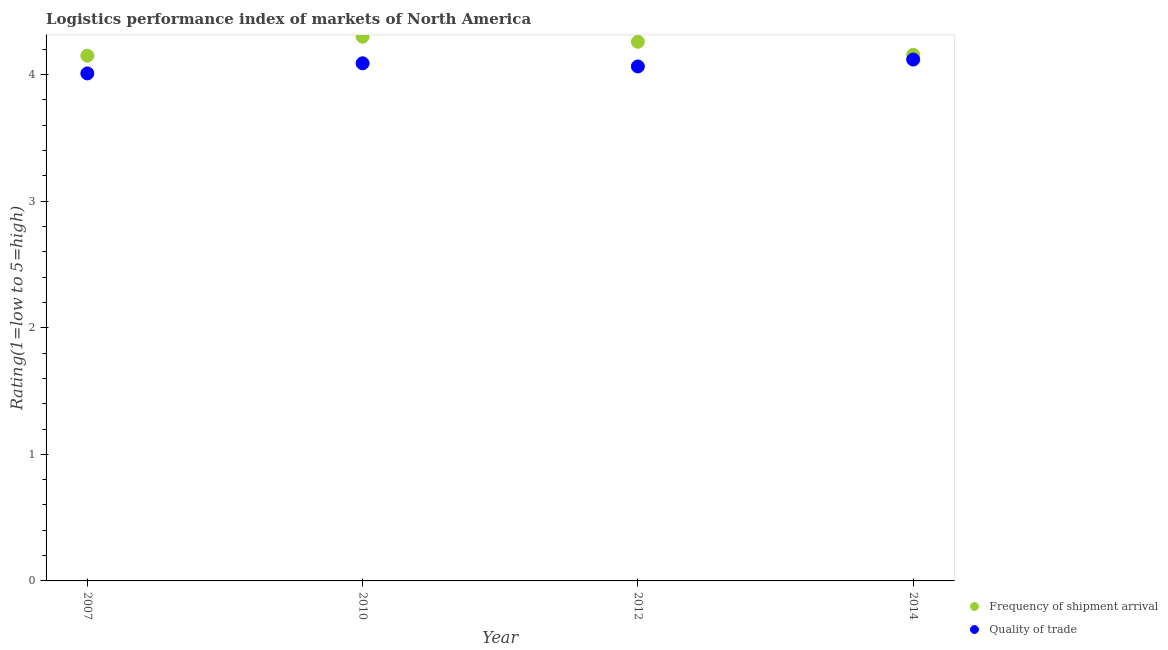
| Year | Frequency of shipment arrival | Quality of trade |
 | --- | --- | --- |
 | 2007 | 4.15 | 4.01 |
 | 2010 | 4.3 | 4.09 |
 | 2012 | 4.26 | 4.07 |
 | 2014 | 4.16 | 4.12 |